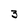
Character: 3